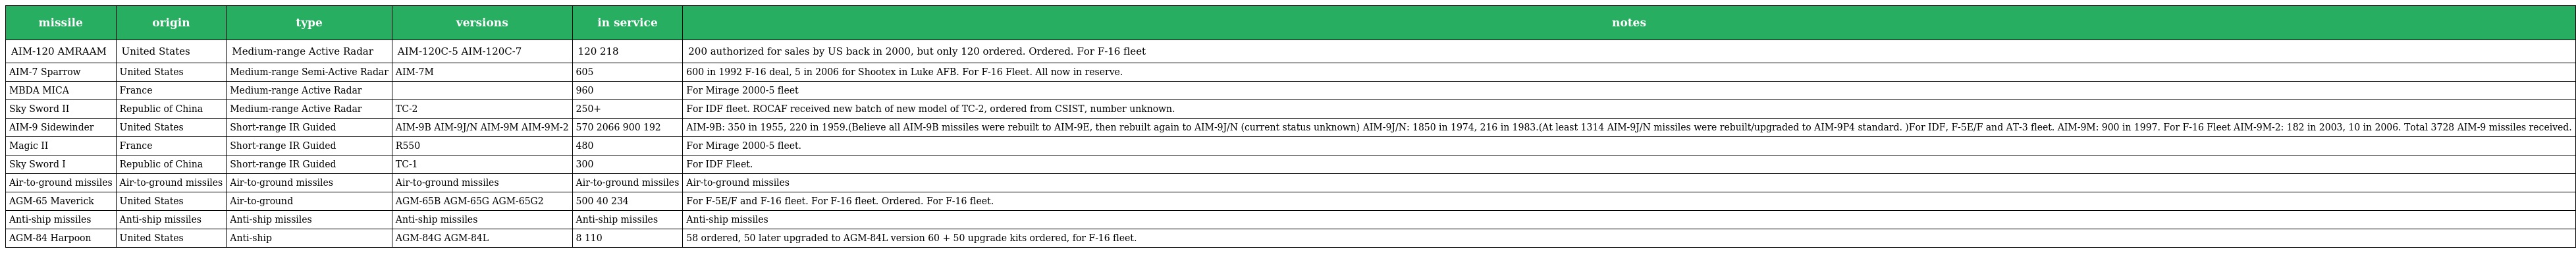
| missile | origin | type | versions | in service | notes |
 | --- | --- | --- | --- | --- | --- |
 | AIM-120 AMRAAM | United States | Medium-range Active Radar | AIM-120C-5 AIM-120C-7 | 120 218 | 200 authorized for sales by US back in 2000, but only 120 ordered. Ordered. For F-16 fleet |
 | AIM-7 Sparrow | United States | Medium-range Semi-Active Radar | AIM-7M | 605 | 600 in 1992 F-16 deal, 5 in 2006 for Shootex in Luke AFB. For F-16 Fleet. All now in reserve. |
 | MBDA MICA | France | Medium-range Active Radar |  | 960 | For Mirage 2000-5 fleet |
 | Sky Sword II | Republic of China | Medium-range Active Radar | TC-2 | 250+ | For IDF fleet. ROCAF received new batch of new model of TC-2, ordered from CSIST, number unknown. |
 | AIM-9 Sidewinder | United States | Short-range IR Guided | AIM-9B AIM-9J/N AIM-9M AIM-9M-2 | 570 2066 900 192 | AIM-9B: 350 in 1955, 220 in 1959.(Believe all AIM-9B missiles were rebuilt to AIM-9E, then rebuilt again to AIM-9J/N (current status unknown) AIM-9J/N: 1850 in 1974, 216 in 1983.(At least 1314 AIM-9J/N missiles were rebuilt/upgraded to AIM-9P4 standard. )For IDF, F-5E/F and AT-3 fleet. AIM-9M: 900 in 1997. For F-16 Fleet AIM-9M-2: 182 in 2003, 10 in 2006. Total 3728 AIM-9 missiles received. |
 | Magic II | France | Short-range IR Guided | R550 | 480 | For Mirage 2000-5 fleet. |
 | Sky Sword I | Republic of China | Short-range IR Guided | TC-1 | 300 | For IDF Fleet. |
 | Air-to-ground missiles | Air-to-ground missiles | Air-to-ground missiles | Air-to-ground missiles | Air-to-ground missiles | Air-to-ground missiles |
 | AGM-65 Maverick | United States | Air-to-ground | AGM-65B AGM-65G AGM-65G2 | 500 40 234 | For F-5E/F and F-16 fleet. For F-16 fleet. Ordered. For F-16 fleet. |
 | Anti-ship missiles | Anti-ship missiles | Anti-ship missiles | Anti-ship missiles | Anti-ship missiles | Anti-ship missiles |
 | AGM-84 Harpoon | United States | Anti-ship | AGM-84G AGM-84L | 8 110 | 58 ordered, 50 later upgraded to AGM-84L version 60 + 50 upgrade kits ordered, for F-16 fleet. |